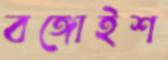
বঙ্গোইশ